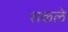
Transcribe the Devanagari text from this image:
सकले